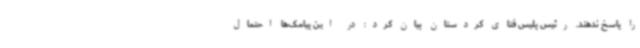
را پاسخ ندهند. رئیس پلیس فتای کردستان بیان کرد: در این پیامک‌ها احتمال